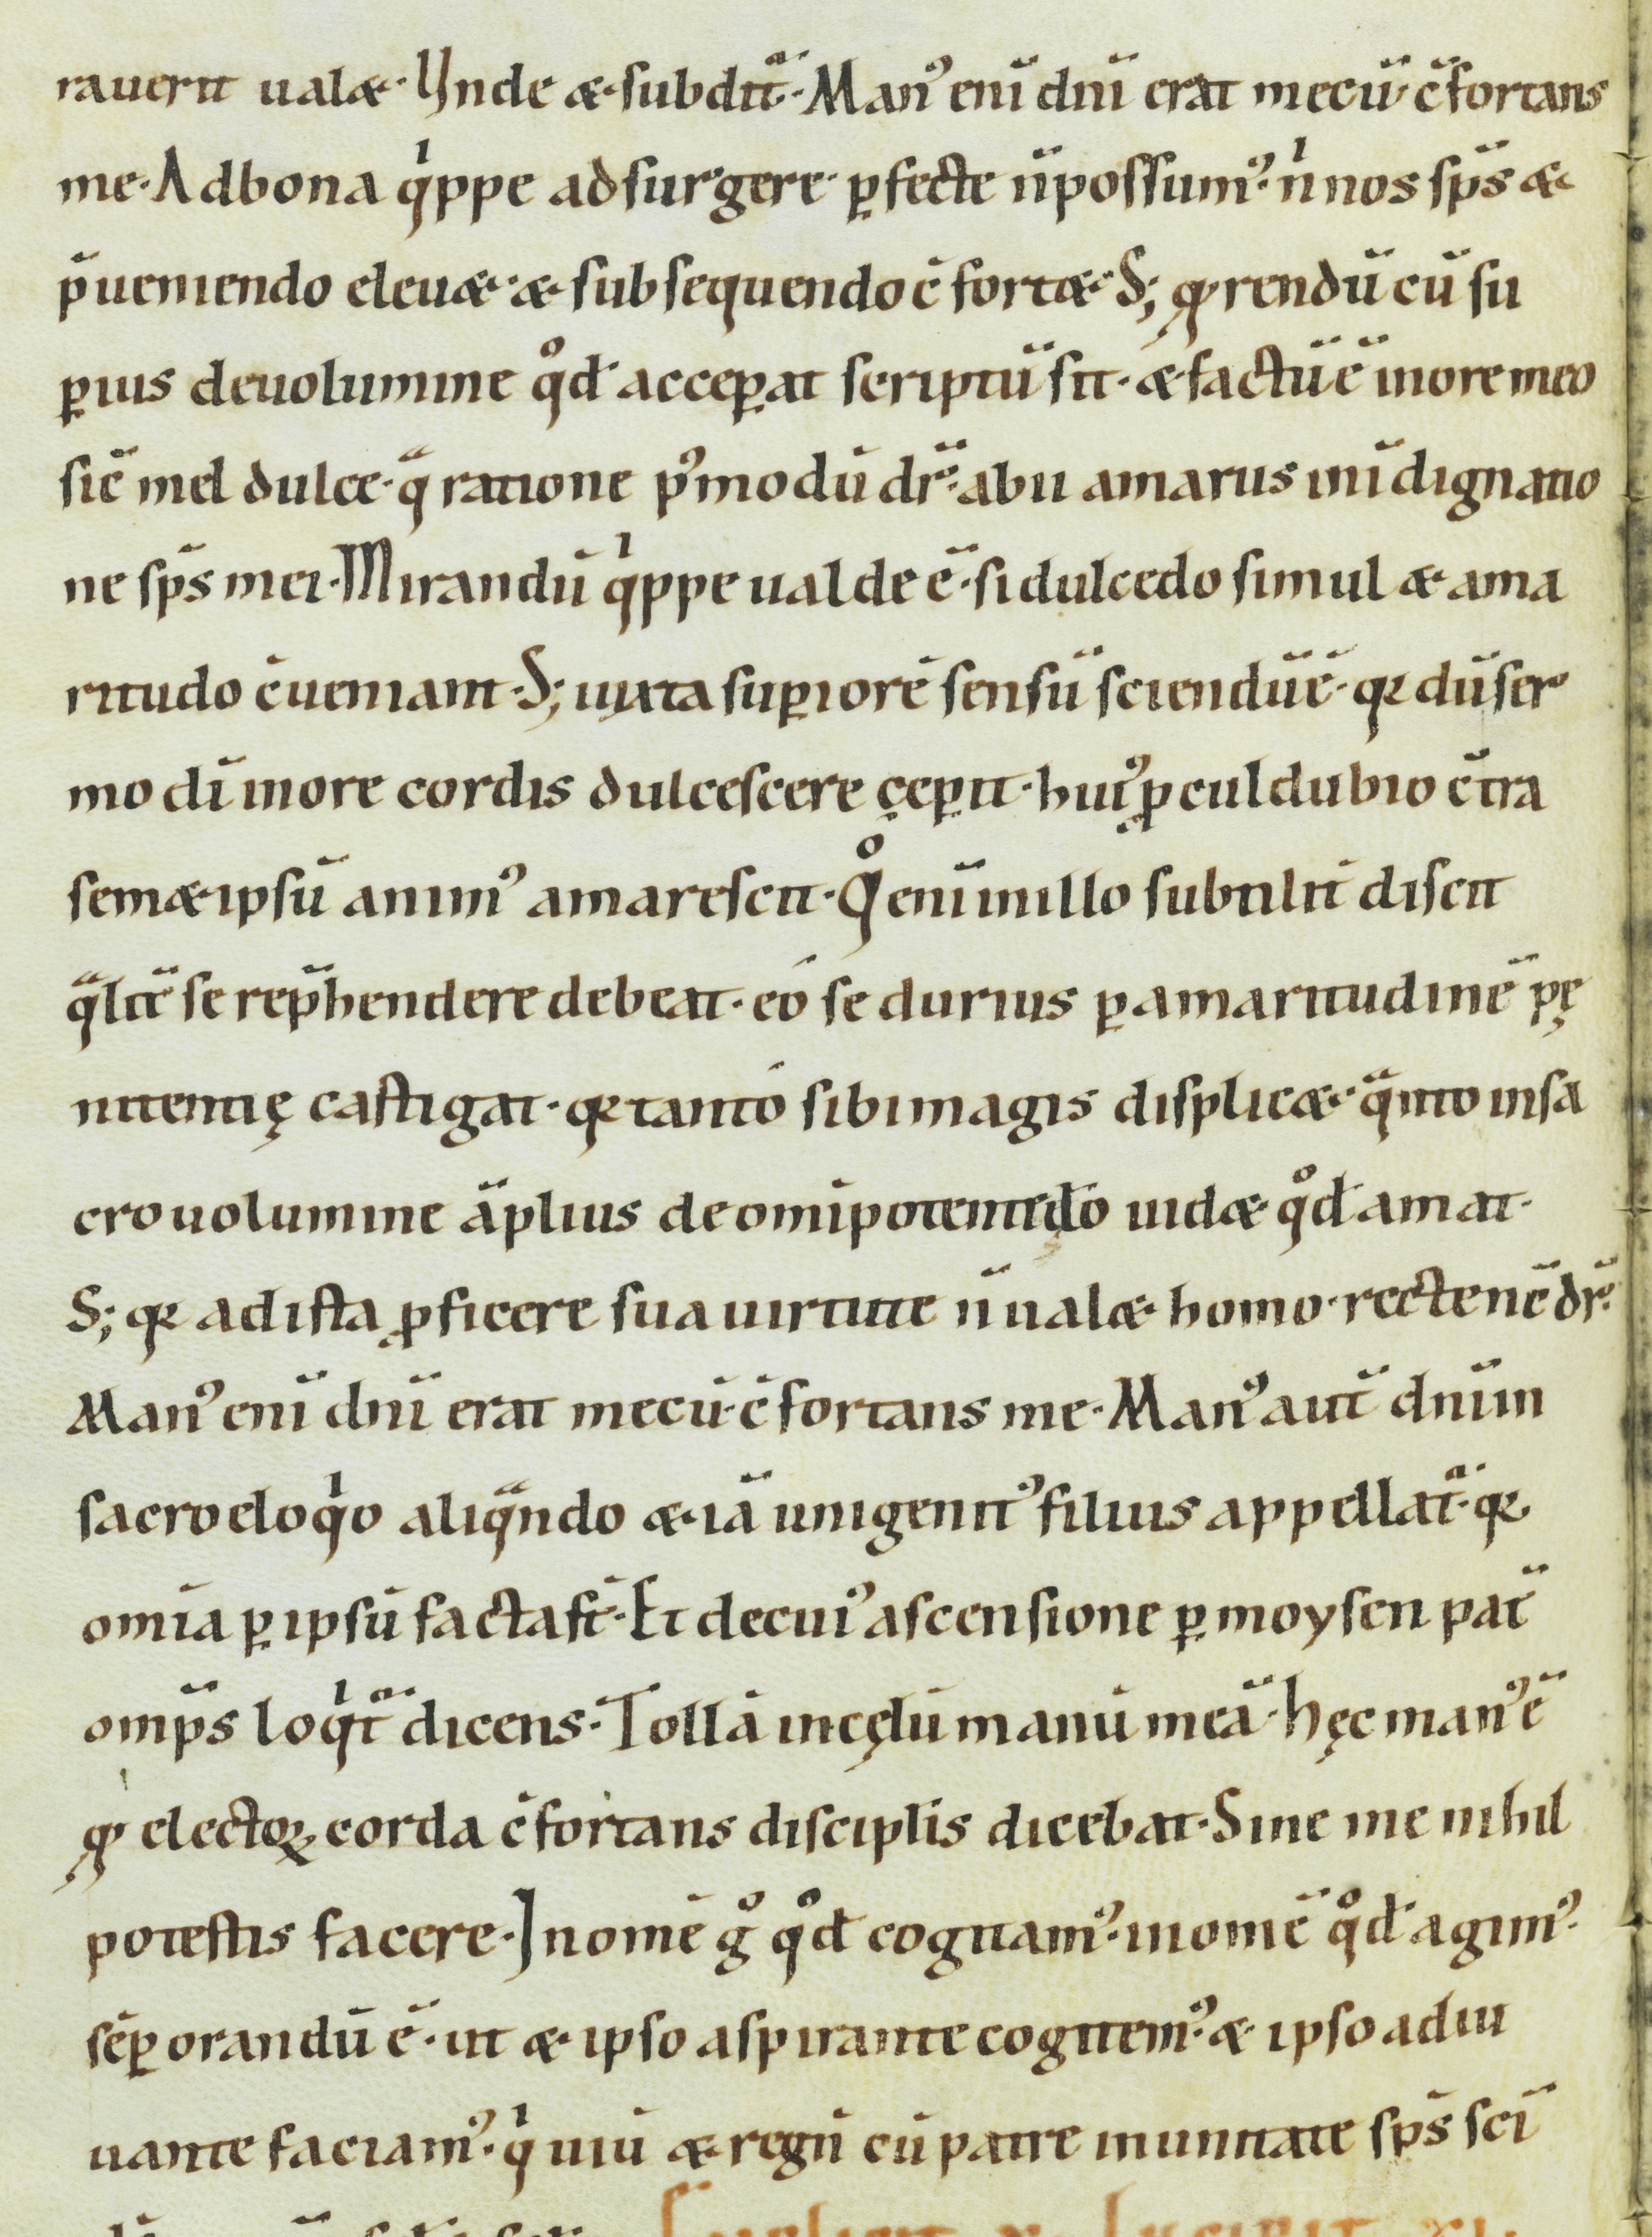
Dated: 1000–1099